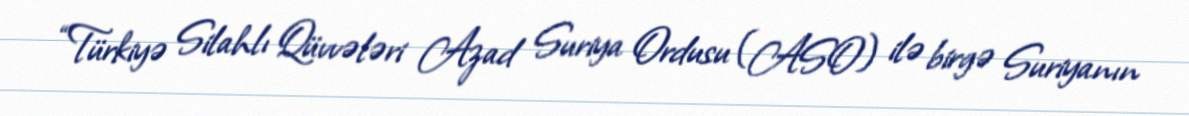
“Türkiyə Silahlı Qüvvələri Azad Suriya Ordusu (ASO) ilə birgə Suriyanın